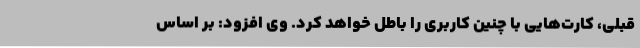
قبلی، کارت‌هایی با چنین کاربری را باطل خواهد کرد. وی افزود: بر اساس